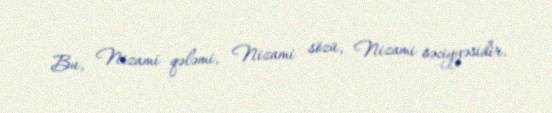
Bu, Nizami qələmi, Nizami sözü, Nizami səciyyəsidir.